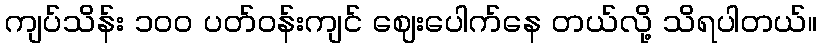
ကျပ်သိန်း ၁၀၀ ပတ်ဝန်းကျင် ဈေးပေါက်နေ တယ်လို့ သိရပါတယ်။